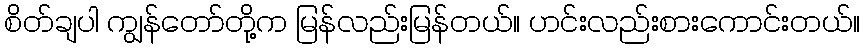
စိတ်ချပါ ကျွန်တော်တို့က မြန်လည်းမြန်တယ်။ ဟင်းလည်းစားကောင်းတယ်။